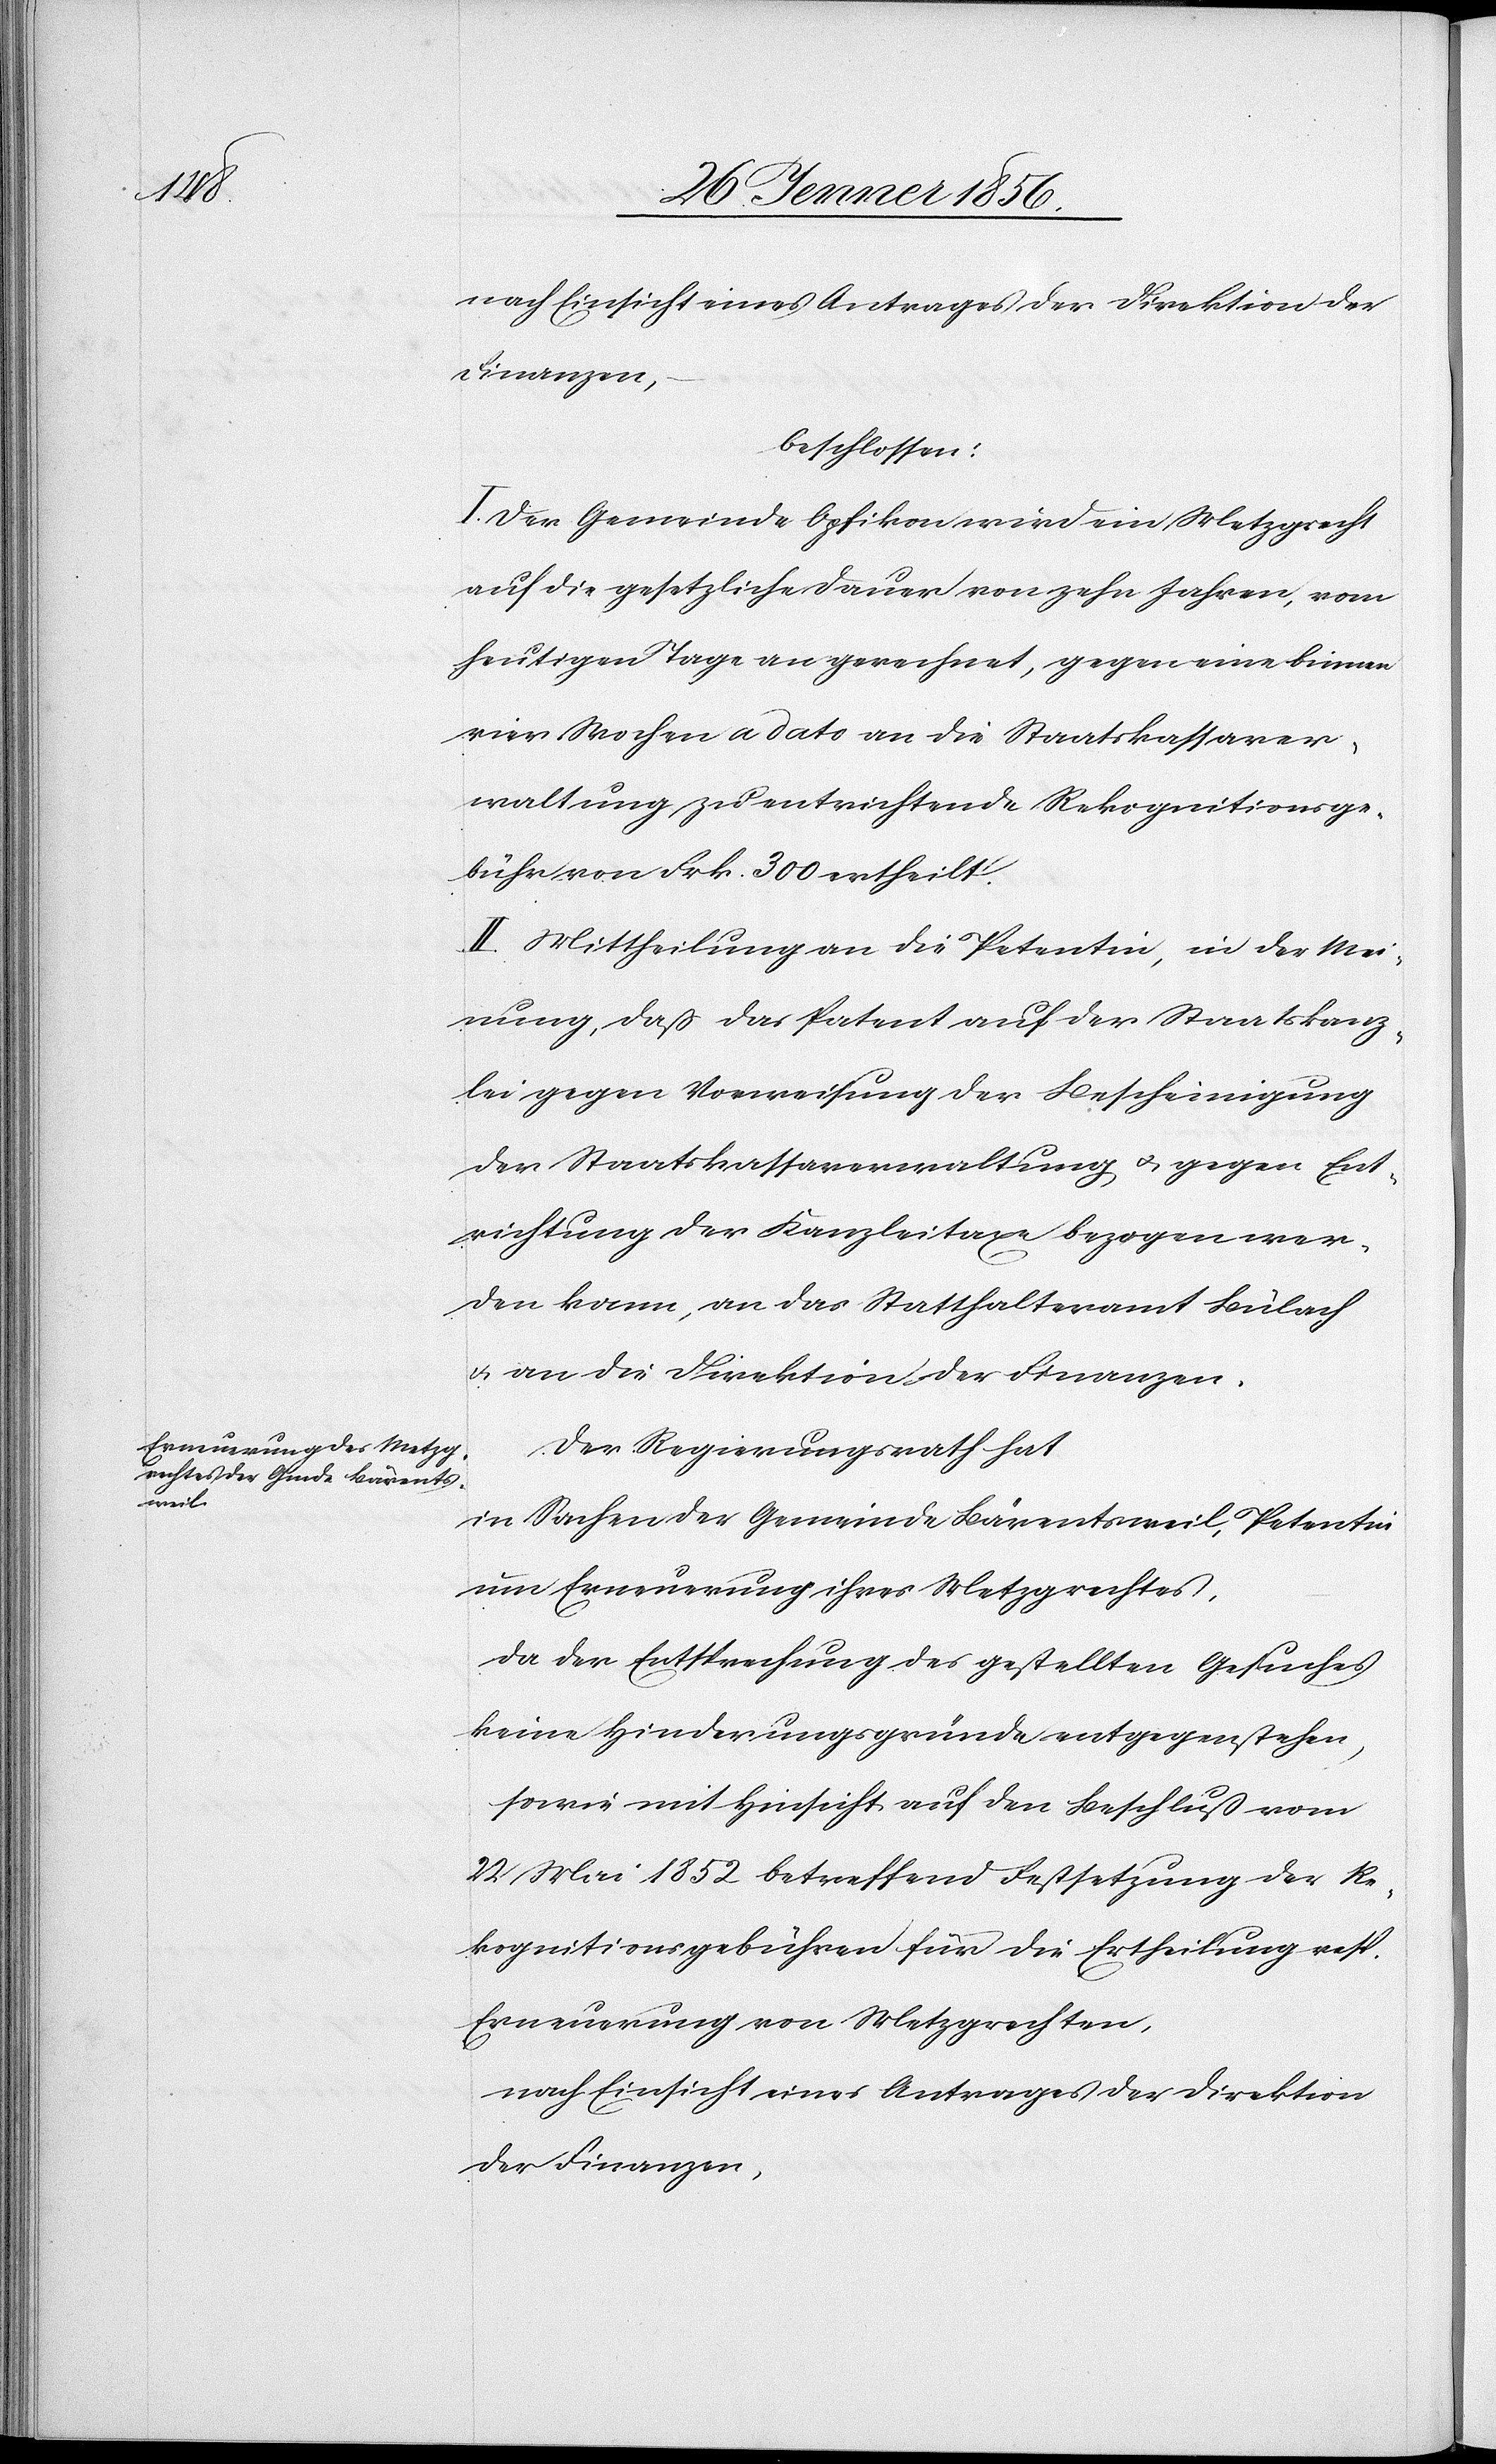
nach Einsicht eines Antrages der Direktion der
Finanzen,
beschlossen:
I. Der Gemeinde Opfikon wird ein Metzgrecht
auf die gesetzliche Dauer von zehn Jahren, vom
heutigen Tage an gerechnet, gegen eine binnen
vier Wochen a dato an die Staatskassaver¬
waltung zu entrichtende Rekognitionsge¬
bühr von Frk. 300 ertheilt.
II. Mittheilung an die Petentin, in der Mei¬
nung, daß das Patent auf der Staatskanz¬
lei gegen Vorweisung der Bescheinigung
der Staatskassaverwaltung u. gegen Ent¬
richtung der Kanzleitaxe bezogen wer¬
den kann, an das Statthalteramt Bülach
u. an die Direktion der Finanzen.
Der Regierungsrath hat
in Sachen der Gemeinde Bärentsweil, Petentin
um Erneuerung ihres Metzgrechtes,
da der Entsprechung des gestellten Gesuches
keine Hinderungsgründe entgegenstehen,
sowie mit Hinsicht auf den Beschluß vom
22 Mai 1852 betreffend Festsetzung der Re¬
kognitionsgebühren für die Ertheilung resp.
Erneuerung von Metzgrechten,
nach Einsicht eines Antrages der Direktion
der Finanzen,